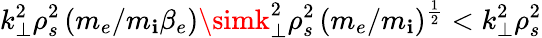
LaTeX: k_{\bot}^{2}\rho_{s}^{2}\, (m_{e}/m_{\mathbf{i}}\beta_{e})\simk_{\bot}^{2}\rho_{s}^{2}\, (m_{e}/m_{\mathbf{i}})^{\frac{{1}}{{2}}}<k_{\bot}^{2}\rho_{s}^{2}